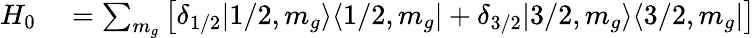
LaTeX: \begin{array}{rl}{H_{0}}&{{}=\sum_{m_{g}}\big[\delta_{1/2}|1/2,m_{g}\rangle\langle 1/2,m_{g}|+\delta_{3/2}|3/2,m_{g}\rangle\langle 3/2,m_{g}|\big]}\end{array}